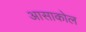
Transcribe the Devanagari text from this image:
आसाकोल